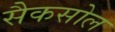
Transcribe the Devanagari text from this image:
सैकसोल